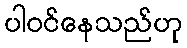
ပါဝင်နေသည်ဟု